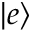
| e \rangle